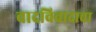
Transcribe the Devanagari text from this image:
वादविवादाचा